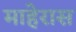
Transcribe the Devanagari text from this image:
माहेरास